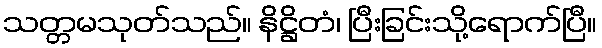
သတ္တမသုတ်သည်။ နိဋ္ဌိတံ၊ ပြီးခြင်းသို့ရောက်ပြီ။